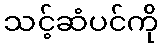
သင့်ဆံပင်ကို